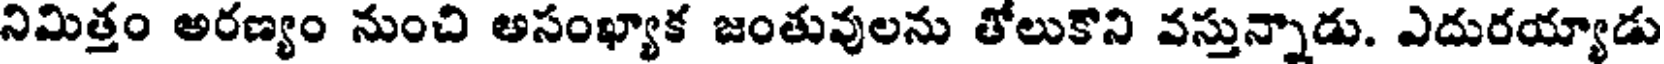
నిమిత్తం అరణ్యం నుంచి అసంఖ్యాక జంతువులను తోలుకొని వస్తున్నాడు. ఎదురయ్యాడు